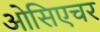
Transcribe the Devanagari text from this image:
ओसिएचर